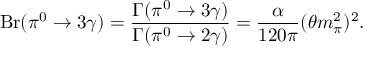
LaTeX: \displaystyle \mathrm { B r } ( \pi ^ { 0 } \to 3 \gamma ) = \frac { \Gamma ( \pi ^ { 0 } \to 3 \gamma ) } { \Gamma ( \pi ^ { 0 } \to 2 \gamma ) } = \frac { \alpha } { 1 2 0 \pi } ( \theta m _ { \pi } ^ { 2 } ) ^ { 2 } .